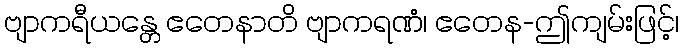
ဗျာကရီယန္တေ ဧတေနာတိ ဗျာကရဏံ၊ ဧတေန-ဤကျမ်းဖြင့်၊